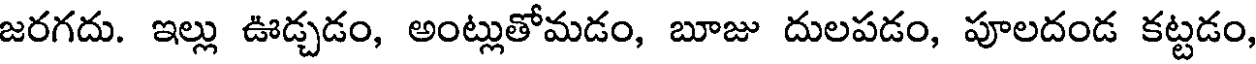
జరగదు. ఇల్లు ఊడ్చడం, అంట్లుతోమడం, బూజు దులపడం, పూలదండ కట్టడం,